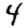
Digit: 4